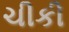
ચીકી